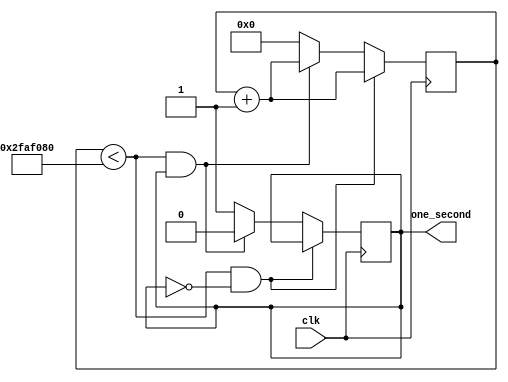
module Count_to_one_second #(parameter Count_To = 50_000_000)
(
    input clk,
    output one_second
);

    reg [31:0]  counter;
    reg         one_second_r;

    always @(posedge clk) begin
        if((counter < Count_To) && ~one_second_r) begin
            counter <= counter + 1;
        end
        else if((counter < Count_To) && one_second_r) begin
            one_second_r <= 0;
            counter <= counter + 1;
        end
        else begin
            counter <= 0;
            one_second_r <= 1;
        end
    end

    assign one_second = one_second_r;
endmodule